Indian journal of veterinary science and animal husbandry - Volume 10,
Year: 1940
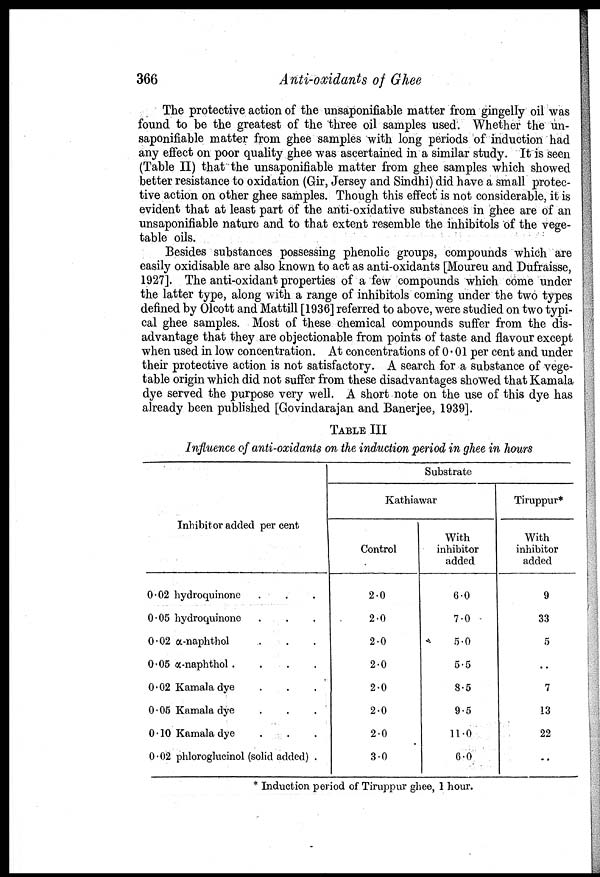
366
Anti-oxidants of Ghee
The protective action of the unsaponifiable matter from gingelly oil was
found to be the greatest of the three oil samples used. Whether the un
saponifiable matter from ghee samples with long periods of induction had
any effect on poor quality ghee was ascertained in a similar study. It is seen
(Table II) that the unsaponifiable matter from ghee samples which showed
better resistance to oxidation (Gir, Jersey and Sindhi) did have a small protec
tive action on other ghee samples. Though this effect is not considerable, it is
evident that at least part of the anti-oxidative substances in ghee are of an
unsaponifiable nature and to that extent resemble the inhibitols of the vege
table oils.
Besides substances possessing phenolic groups, compounds which are
easily oxidisable are also known to act as anti-oxidants [Moureu and Dufraisse,
1927]. The anti-oxidant properties of a few compounds which come under
the latter type, along with a range of inhibitols coming under the two types
defined by Olcott and Mattill [1936] referred to above, were studied on two typi
cal ghee samples. Most of these chemical compounds suffer from the dis
advantage that they are objectionable from points of taste and flavour except
when used in low concentration. At concentrations of 0.01 per cent and under
their protective action is not satisfactory. A search for a substance of vege
table origin which did not suffer from these disadvantages showed that Kamala
dye served the purpose very well. A short note on the use of this dye has
already been published [Govindarajan and Banerjee, 1939].
TABLE III
Influence of anti-oxidants on the induction period in ghee in hours
Inhibitor added per cent
0.02 hydroquinone . . .
0.05 hydroquinone . . .
0.02 α-naphthol . . .
0.05 α-naphthol . . . .
0.02 Kamala dye . . .
0.05 Kamala dye . . .
0.10 Kamala dye . . .
0.02 phloroglucinol (solid added) .
Substrate
Kathiawar
Control
2.0
2.0
2.0
2.0
2.0
2.0
2.0
3.0
With
inhibitor
added
6.0
7.0
5.0
5.5
8.5
9.5
11.0
6.0
Tiruppur*
With
inhibitor
added
9
33
5
..
7
13
22
..
* Induction period of Tiruppur ghee, 1 hour.